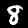
Label: 8